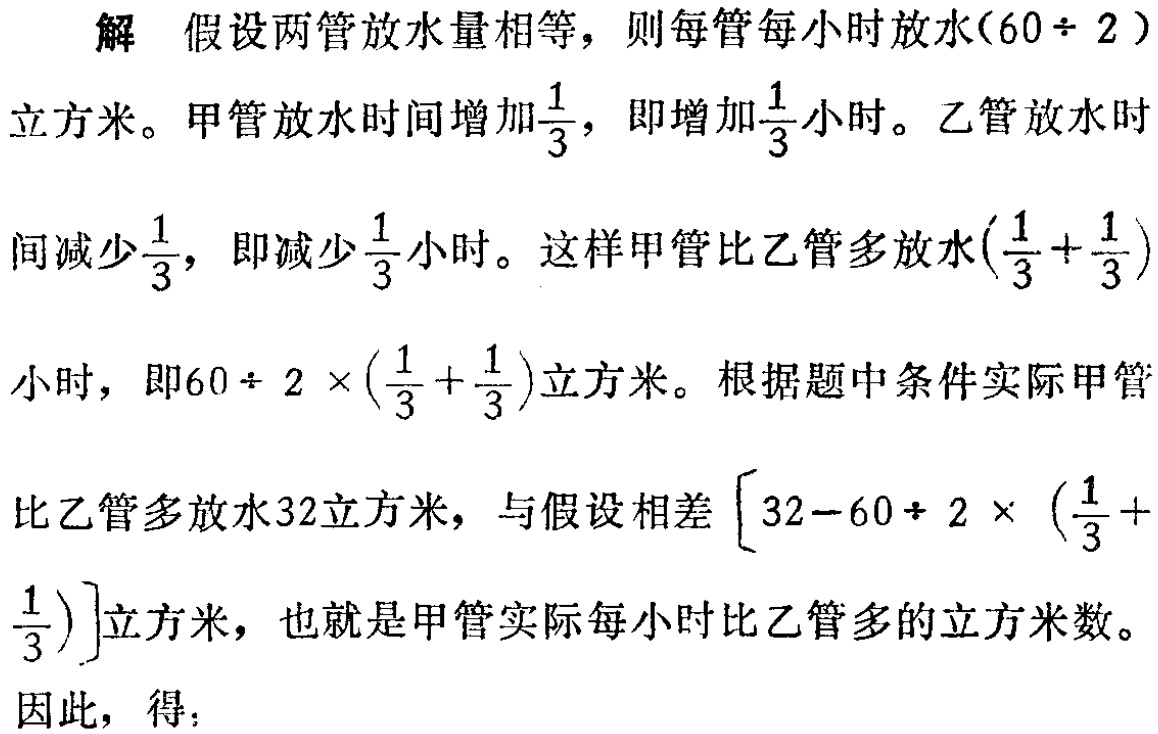
解 假设两管放水量相等，则每管每小时放水\((60\div 2)\)立方米。甲管放水时间增加\(\frac{1}{3}\)，即增加\(\frac{1}{3}\)小时。乙管放水时间减少\(\frac{1}{3}\)，即减少\(\frac{1}{3}\)小时。这样甲管比乙管多放水\((\frac{1}{3}+\frac{1}{3})\)小时，即\(60\div 2\times(\frac{1}{3}+\frac{1}{3})\)立方米。根据题中条件实际甲管比乙管多放水32立方米，与假设相差\([32 - 60\div 2\times(\frac{1}{3}+\frac{1}{3})]\)立方米，也就是甲管实际每小时比乙管多的立方米数。

因此，得：